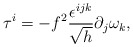
\begin{align*}\tau^i=-f^2\frac{\epsilon^{ijk}}{\sqrt{h}}\partial_j\omega_k,\end{align*}